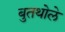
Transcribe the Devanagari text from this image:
बुतथोले